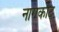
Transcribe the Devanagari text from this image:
नागकोट